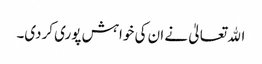
اﷲ تعالیٰ نے ان کی خواہش پوری کردی۔